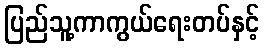
ပြည်သူ့ကာကွယ်ရေးတပ်နှင့်